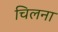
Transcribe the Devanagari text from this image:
चिलना